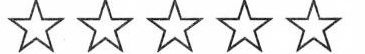
☆☆☆☆☆